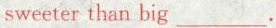
sweeter than big ___.